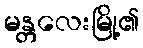
မန္တလေးမြို့၏